38_143685_box_Incident_Summaries_101-172
Agency: Department of War
Page 62
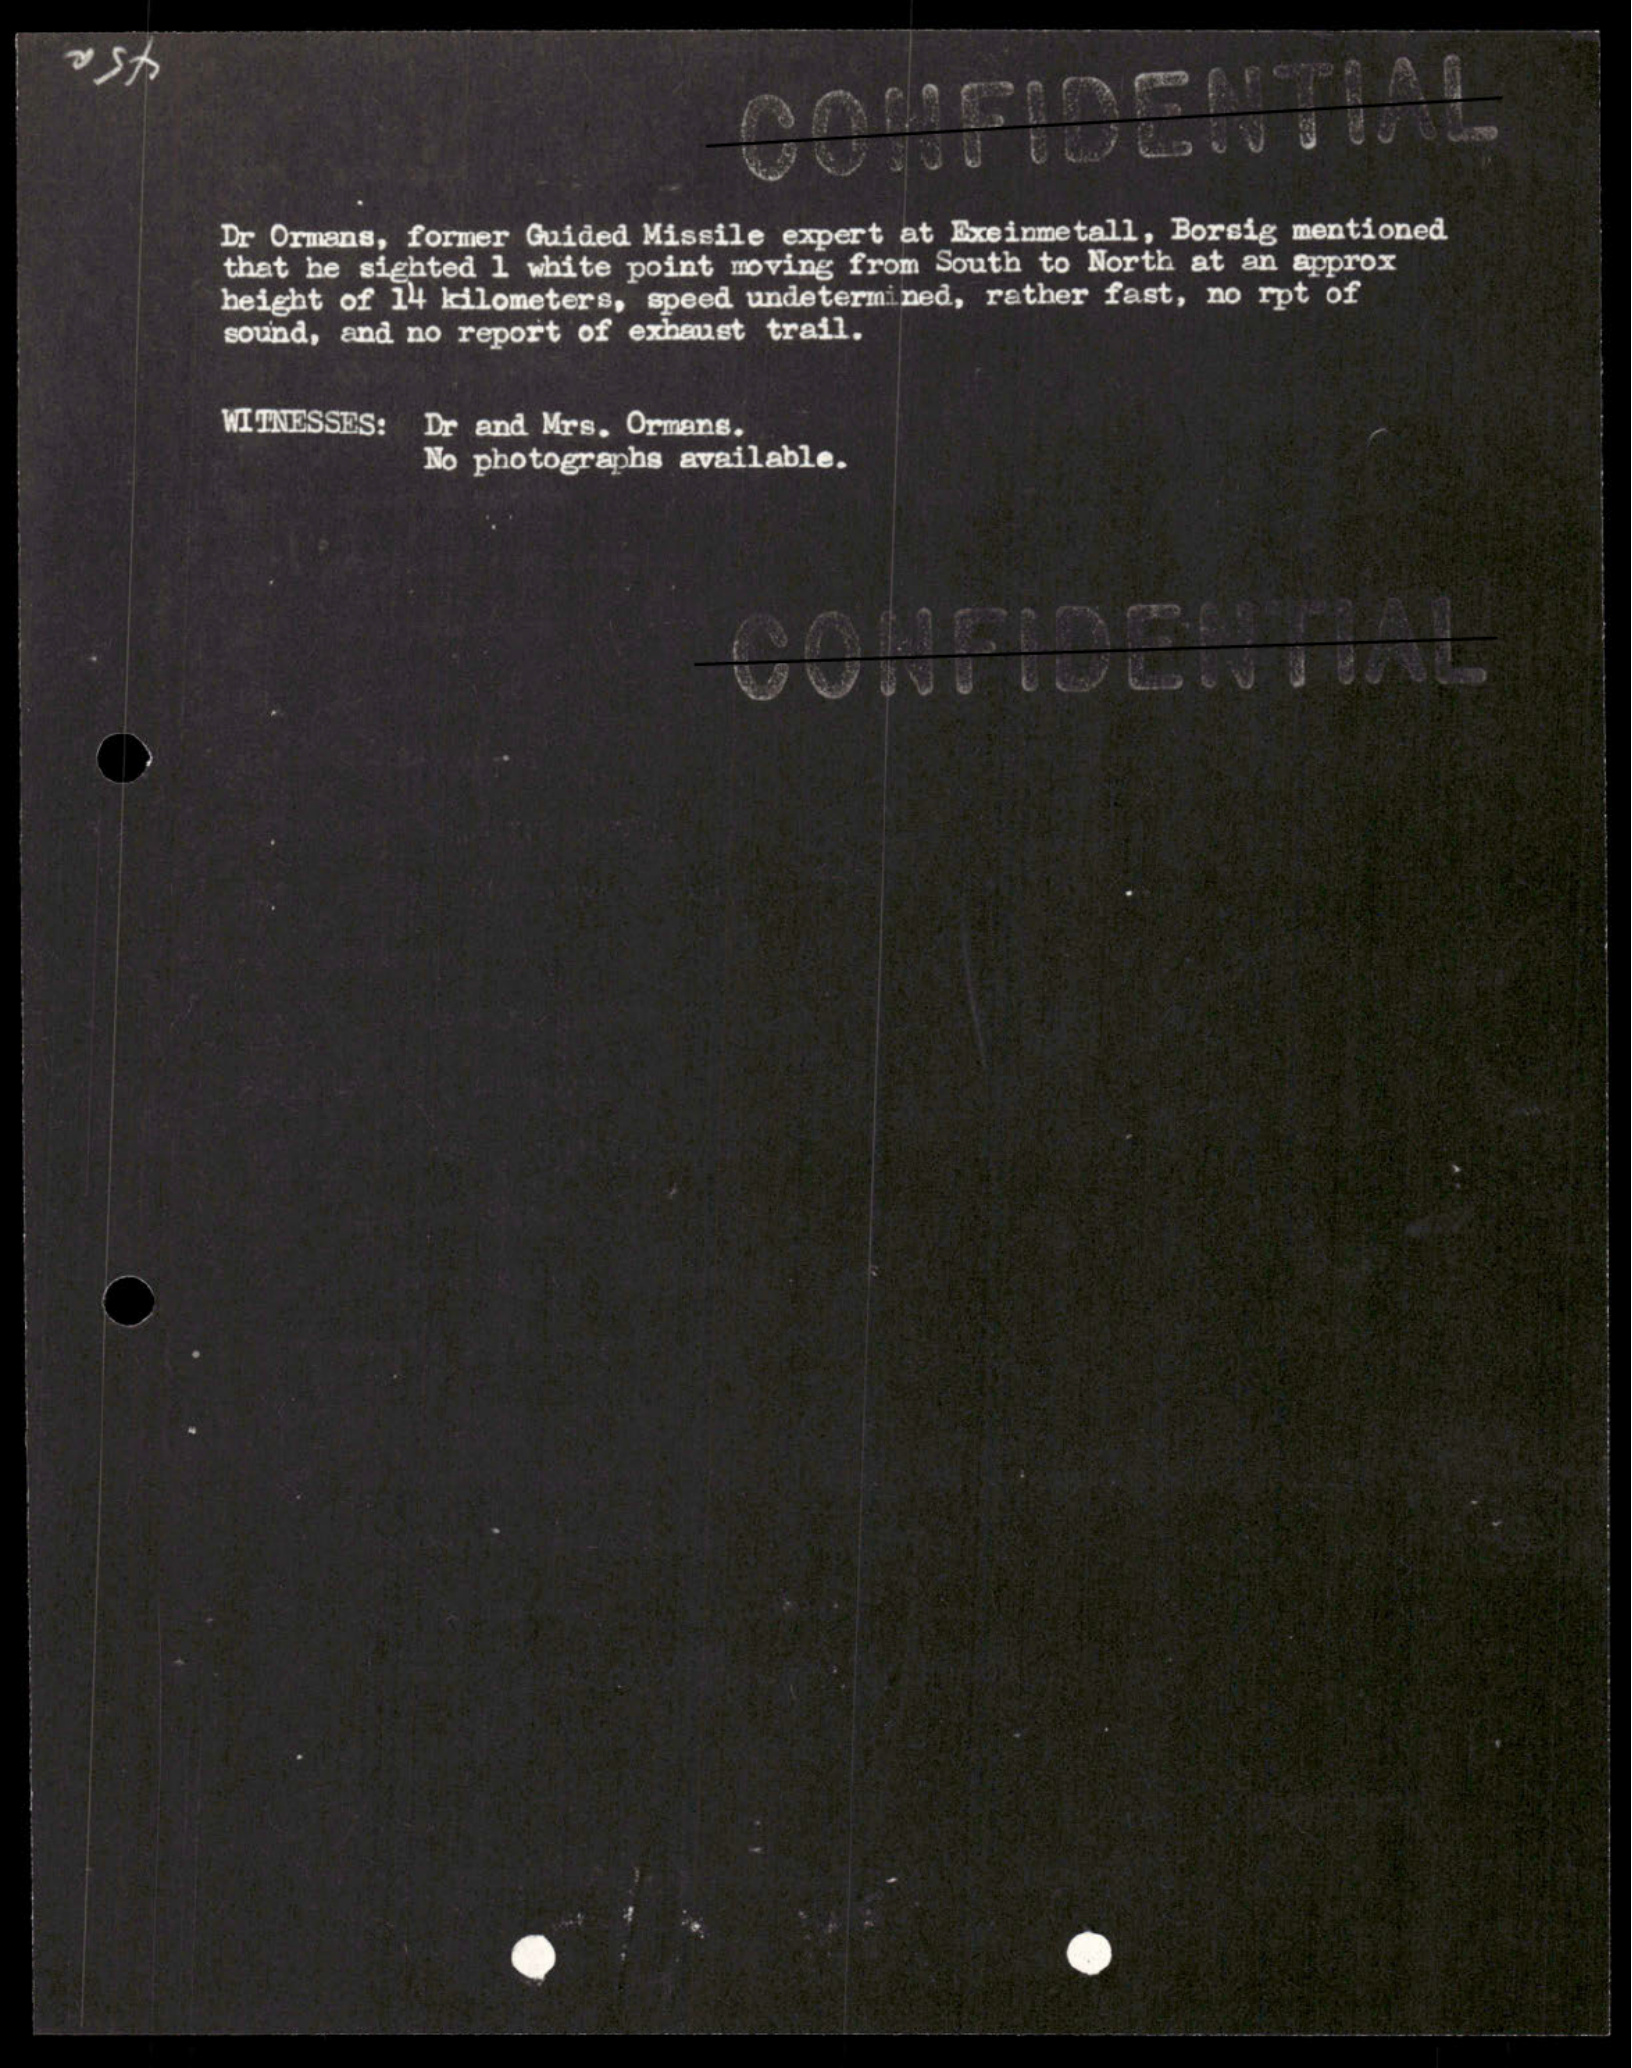